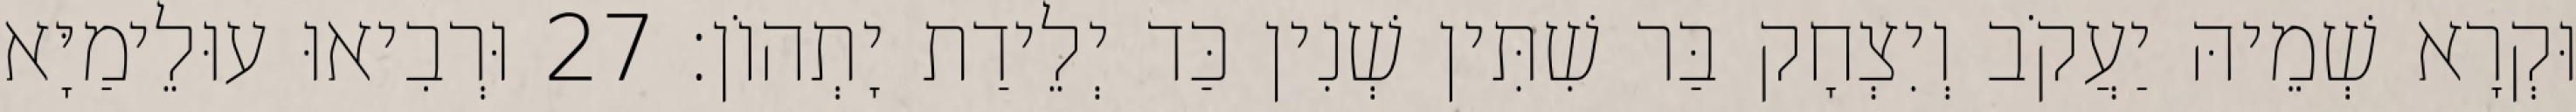
וּקְרָא שְׁמֵיהּ יַעֲקֹב וְיִצְחָק בַּר שִׁתִּין שְׁנִין כַּד יְלֵידַת יָתְהוֹן׃ 27 וּרְבִיאוּ עוּלֵימַיָּא